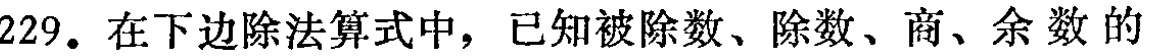
229. 在下边除法算式中，已知被除数、除数、商、余数的